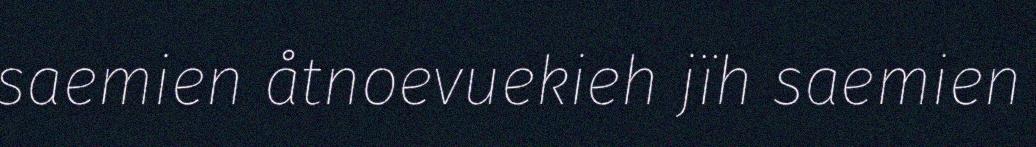
saemien åtnoevuekieh jïh saemien